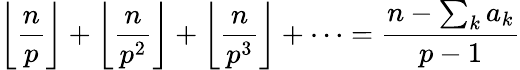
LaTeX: \left\lfloor{\frac{n}{p}}\right\rfloor+\left\lfloor{\frac{n}{p^{2}}}\right\rfloor+\left\lfloor{\frac{n}{p^{3}}}\right\rfloor+\dots={\frac{n-\sum_{k}a_{k}}{p-1}}